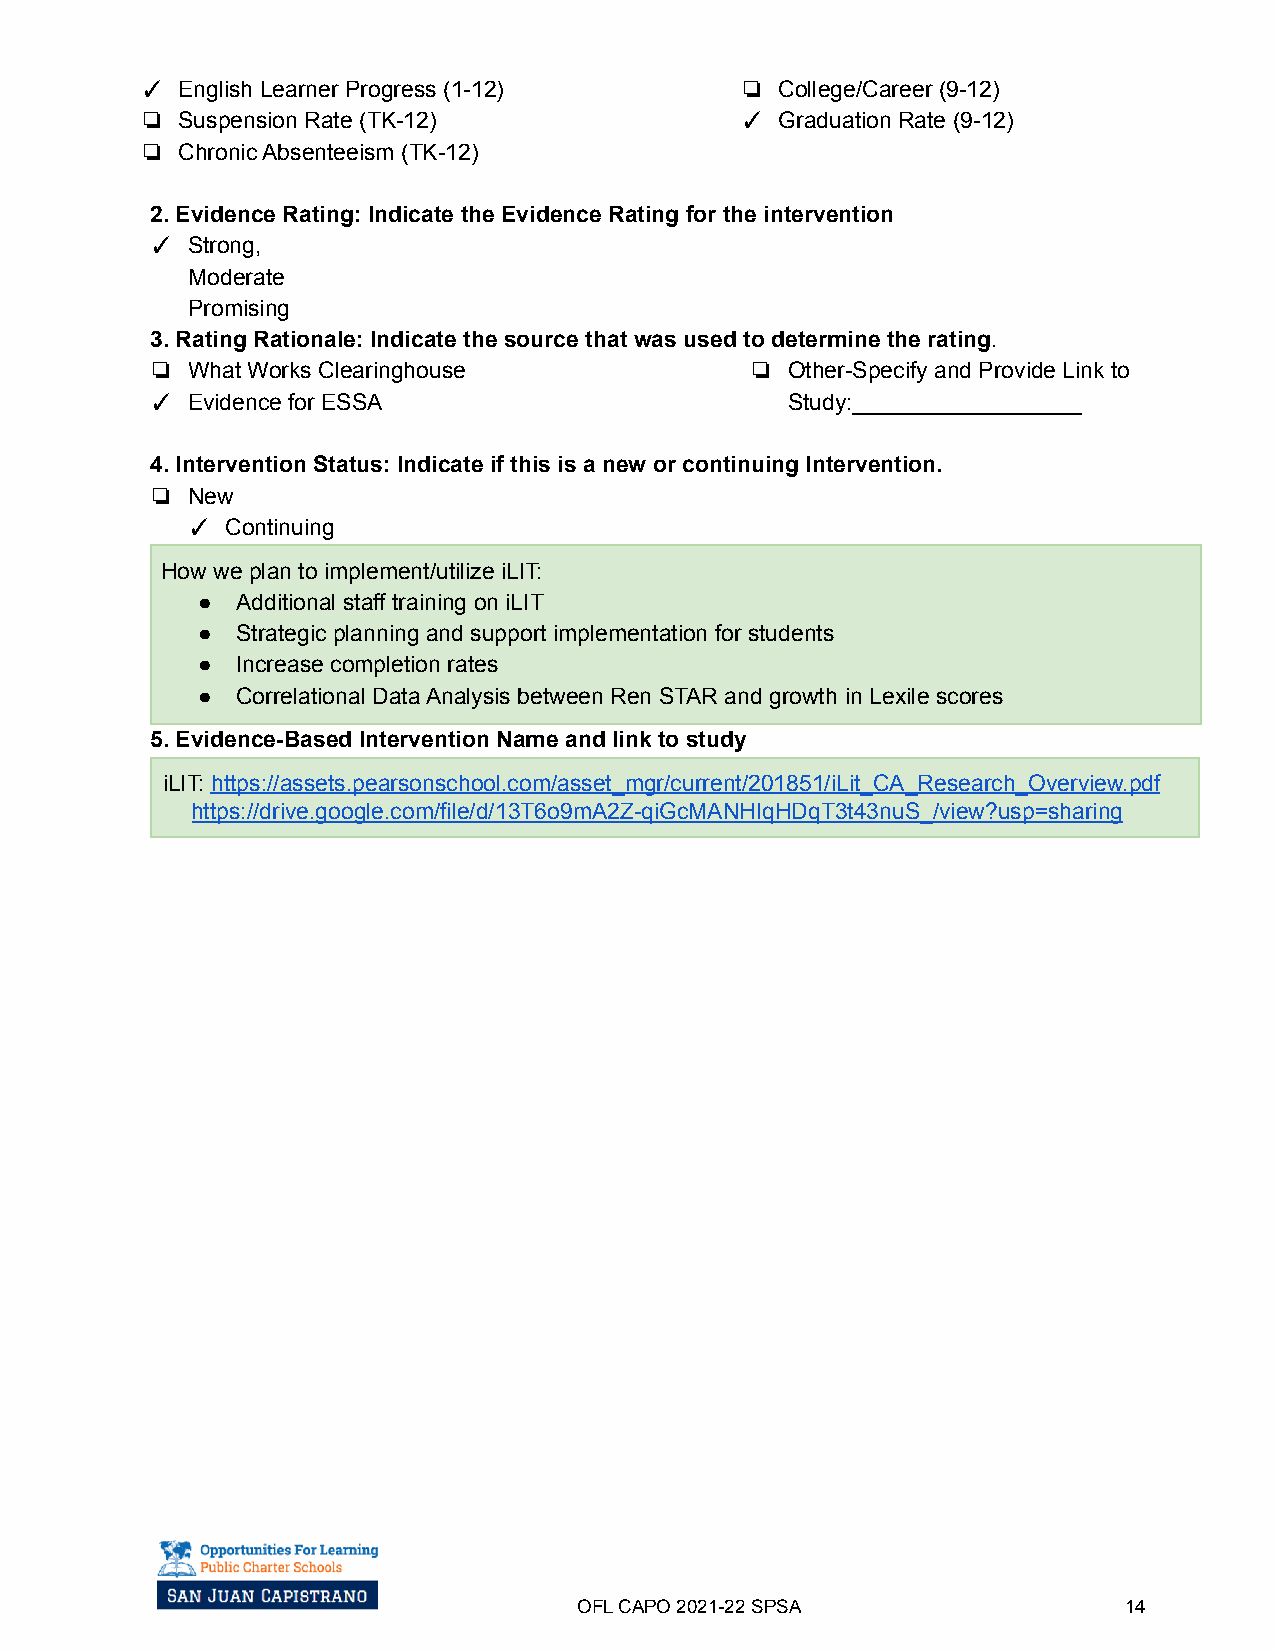
✓  English Learner Progress (1-12)      ❏  College/Career (9-12)
 ❏  Suspension Rate (TK-12)              ✓  Graduation Rate (9-12)
 ❏  Chronic Absenteeism (TK-12)
 2. Evidence Rating: Indicate the Evidence Rating for the intervention
 ✓ Strong,
 Moderate
 Promising
 3. Rating Rationale: Indicate the source that was used to determine the rating.
 ❏ What Works Clearinghouse              ❏ Other-Specify and Provide Link to
 ✓ Evidence for ESSA                       Study:__________________
 4. Intervention Status: Indicate if this is a new or continuing Intervention.
 ❏ New
 ✓  Continuing
 How we plan to implement/utilize iLIT:
 ●  Additional staff training on iLIT
 ●  Strategic planning and support implementation for students
 ●  Increase completion rates
 ●  Correlational Data Analysis between Ren STAR and growth in Lexile scores
 5. Evidence-Based Intervention Name and link to study
 iLIT: https://assets.pearsonschool.com/asset_mgr/current/201851/iLit_CA_Research_Overview.pdf
 https://drive.google.com/file/d/13T6o9mA2Z-qiGcMANHIqHDqT3t43nuS_/view?usp=sharing
 OFL CAPO 2021-22SPSA                14